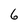
Character: 6